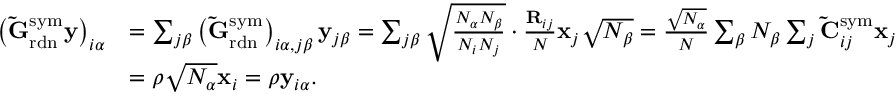
\begin{array} { r l } { \left( \mathbf { \tilde { G } } _ { \mathrm { r d n } } ^ { \mathrm { s y m } } \mathbf { y } \right) _ { i \alpha } } & { = \sum _ { j \beta } \left( \mathbf { \tilde { G } } _ { \mathrm { r d n } } ^ { \mathrm { s y m } } \right) _ { i \alpha , j \beta } \mathbf { y } _ { j \beta } = \sum _ { j \beta } \sqrt { \frac { N _ { \alpha } N _ { \beta } } { N _ { i } N _ { j } } } \cdot \frac { \mathbf { R } _ { i j } } { N } \mathbf { x } _ { j } \sqrt { N _ { \beta } } = \frac { \sqrt { N _ { \alpha } } } { N } \sum _ { \beta } N _ { \beta } \sum _ { j } \mathbf { \tilde { C } } _ { i j } ^ { \mathrm { s y m } } \mathbf { x } _ { j } } \\ & { = \rho \sqrt { N _ { \alpha } } \mathbf { x } _ { i } = \rho \mathbf { y } _ { i \alpha } . } \end{array}